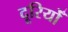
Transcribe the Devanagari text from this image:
दूरियोँ